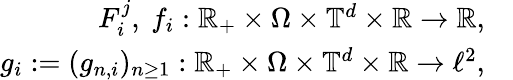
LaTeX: \begin{array}{rl}{F_{i}^{j},\ f_{i}:{\mathbb R}_{+}\times\Omega\times\mathbb{T}^{d}\times{\mathbb R}\to{\mathbb R},}&{}\\ {g_{i}:=(g_{n,i})_{n\geq 1}:{\mathbb R}_{+}\times\Omega\times\mathbb{T}^{d}\times{\mathbb R}\to\ell^{2},}&{}\end{array}